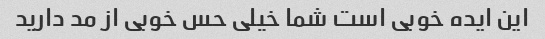
این ایده خوبی است شما خیلی حس خوبی از مد دارید